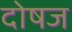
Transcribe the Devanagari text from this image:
दोषज